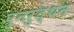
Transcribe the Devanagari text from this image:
पुनरुत्थन